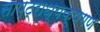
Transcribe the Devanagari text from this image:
साष्ट्राध्यक्षगण